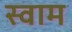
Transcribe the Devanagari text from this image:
स्वाम